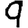
Digit: 9